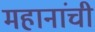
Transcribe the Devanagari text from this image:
महानांची